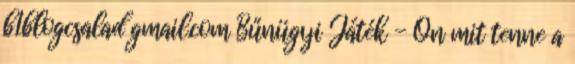
b1blogcsalad gmail.com Bűnügyi Játék - Ön mit tenne a